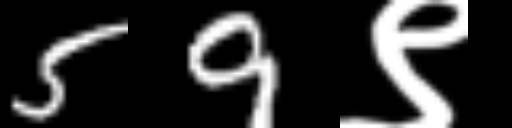
Text: 59९